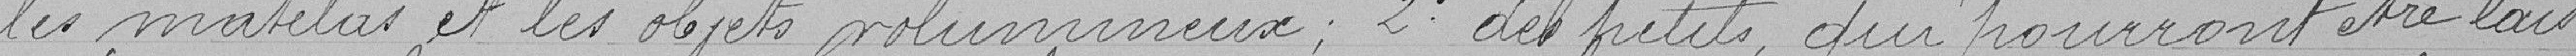
les matelas et les objets volumineux : 2° des petits qui pourront être lais-